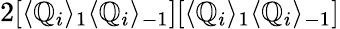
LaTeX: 2[\langle\mathbb{Q}_{i}\rangle_{1}\langle\mathbb{Q}_{i}\rangle_{-1}][\langle\mathbb{Q}_{i}\rangle_{1}\langle\mathbb{Q}_{i}\rangle_{-1}]